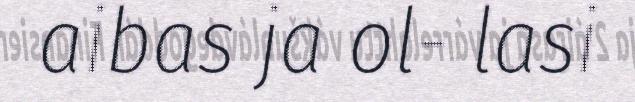
aibas ja ol- lasi